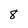
Character: 8